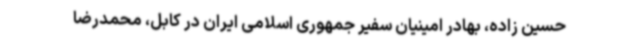
حسین زاده، بهادر امینیان سفیر جمهوری اسلامی ایران در کابل، محمدرضا